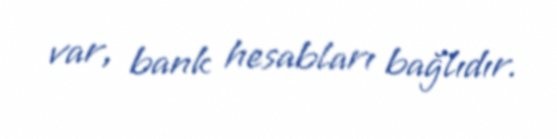
var, bank hesabları bağlıdır.